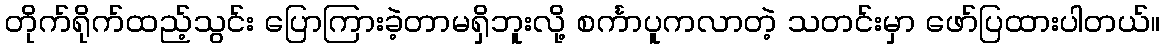
တိုက်ရိုက်ထည့်သွင်း ပြောကြားခဲ့တာမရှိဘူးလို့ စင်္ကာပူကလာတဲ့ သတင်းမှာ ဖော်ပြထားပါတယ်။